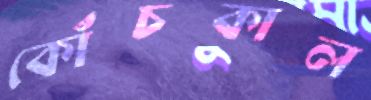
কোঁচকাল